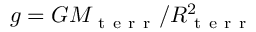
g = G M _ { \mathrm { ~ t ~ e ~ r ~ r ~ } } / R _ { \mathrm { ~ t ~ e ~ r ~ r ~ } } ^ { 2 }